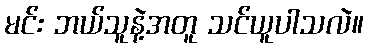
မင်း ဘယ်သူနဲ့အတူ သင်ယူပါသလဲ။